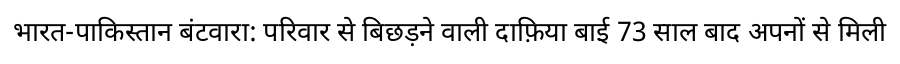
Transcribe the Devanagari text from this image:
भारत-पाकिस्तान बंटवारा: परिवार से बिछड़ने वाली दाफ़िया बाई 73 साल बाद अपनों से मिली